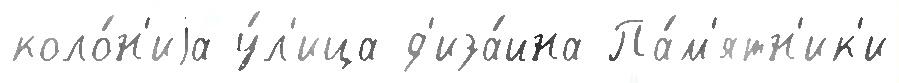
коло́н'иjа у́л'ица д'иза́йна Па́м'ятн'ик'и